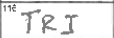
Transcription: TRI